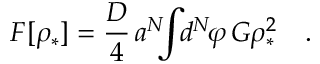
{ \cal F } [ \rho _ { * } ] = { \frac { D } { 4 } } \, a ^ { N } \! \! \! \int \! \! d ^ { N } \! \varphi \, G \rho _ { * } ^ { 2 } \quad .